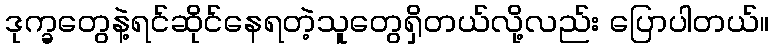
ဒုက္ခတွေနဲ့ရင်ဆိုင်နေရတဲ့သူတွေရှိတယ်လို့လည်း ပြောပါတယ်။